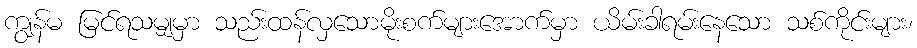
ကျွန်မ မြင်ရသမျှမှာ သည်းထန်လှသောမိုးစက်များအောက်မှာ ယိမ်းခါရမ်းနေသော သစ်ကိုင်းများ၊